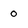
Character: o